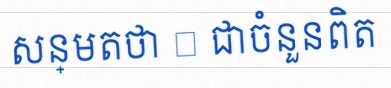
សន្មតថា x ជាចំនួនពិត